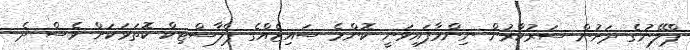
ޕްލޭނުގެ ދަށުން ސަރުކާރުން ނިންމާފައިވަނީ ކޮންމެ ސައިޒެއްގެ ޕްލާސްޓިކް ކޮތަޅަކަށް ވެސް ދެ